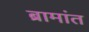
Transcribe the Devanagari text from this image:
ब्रामांत